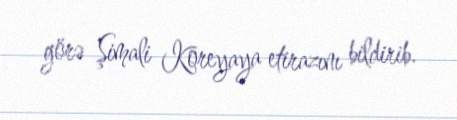
görə Şimali Koreyaya etirazını bildirib.